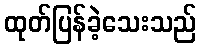
ထုတ်ပြန်ခဲ့သေးသည်